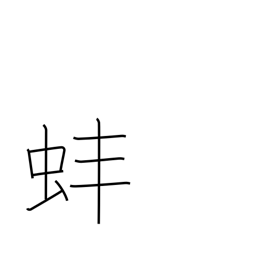
Meaning: clam